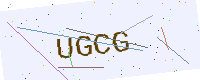
Text: UGCG